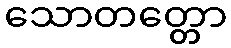
သောတတ္တော